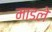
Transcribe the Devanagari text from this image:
माडले